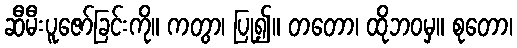
ဆီမီးပူဇော်ခြင်းကို။ ကတွာ၊ ပြု၍။ တတော၊ ထိုဘဝမှ။ စုတော၊